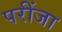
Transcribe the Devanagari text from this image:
परींजा